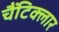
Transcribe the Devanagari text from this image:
चैंटिक्लार